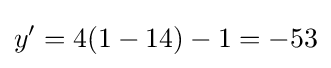
y'=4(1-14)-1=-53